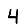
Digit: 4